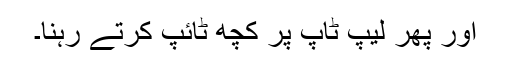
اور پھر لیپ ٹاپ پر کچھ ٹائپ کرتے رہنا۔